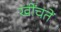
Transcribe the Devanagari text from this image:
खींचतें